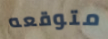
متوقعه